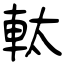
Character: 軚